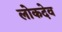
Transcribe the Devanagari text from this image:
लोकदेव